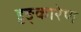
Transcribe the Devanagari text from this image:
हुङ्कारेण